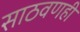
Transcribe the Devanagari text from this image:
साठवणही